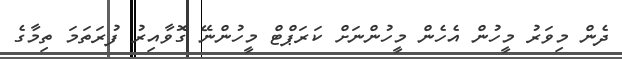
ދެން މިވަރު މީހުން އެހެން މީހުންނަށް ކަރަޕްޓް މީހުންނޭ ގޮވާއިރު ފުރަތަމަ ތިމާގެ